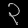
Digit: ၃